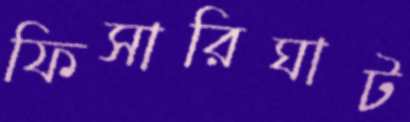
ফিসারিঘাট